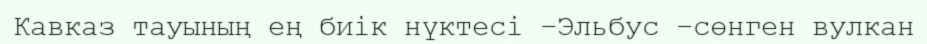
Кавказ тауының ең биік нүктесі –Эльбус –сөнген вулкан